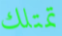
تمتلك